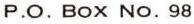
P.O. BOX No.98